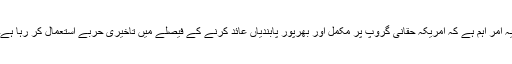
یہ امر اہم ہے کہ امریکہ حقانی گروپ پر مکمل اور بھرپور پابندیاں عائد کرنے کے فیصلے میں تاخیری حربے استعمال کر رہا ہے۔